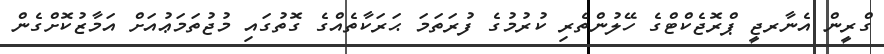
ގްރީން އެނާރޖީ ޕްރޮޖެކްޓްގެ ހޭލުންތެރި ކުރުމުގެ ފުރަތަމަ ޙަރަކާތެއްގެ ގޮތުގައި މުޖުތަމަޢުއަށް އަމާޒުކޮށްގެން